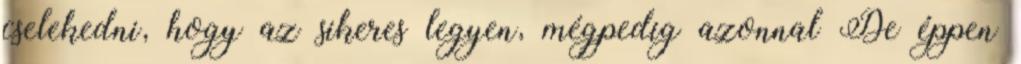
cselekedni, hogy az sikeres legyen, mégpedig azonnal De éppen